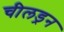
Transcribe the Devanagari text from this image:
चीलड्रन